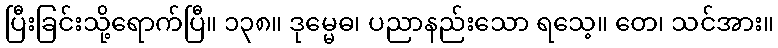
ပြီးခြင်းသို့ရောက်ပြီ။ ၁၃၈။ ဒုမ္မေဓ၊ ပညာနည်းသော ရသေ့။ တေ၊ သင်အား။